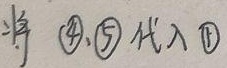
将 \textcircled{4}、\textcircled{5} 代入 \textcircled{1}